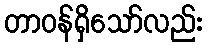
တာဝန်ရှိသော်လည်း